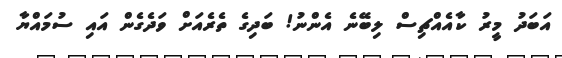
އަބަދު މީރު ކާއެއްޗިސް ލިބޭނެ އެންނު! ބަދިގެ ތެރެއަށް ވަދެގެން އައި ސުމައްޔާ